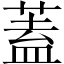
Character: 蓋